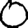
Digit: 0